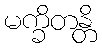
မက္ခိတန္တိ